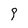
Character: 9